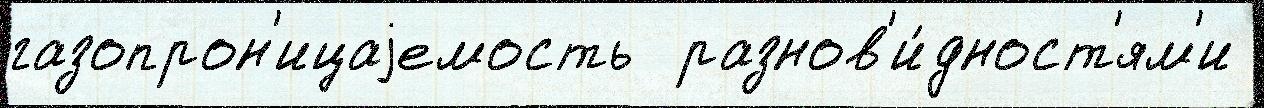
газопрон'ицаjемость  разнов'и́дност'ям'и